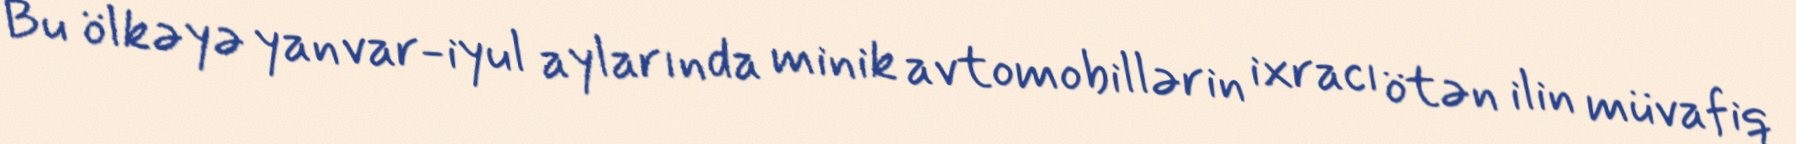
Bu ölkəyə yanvar-iyul aylarında minik avtomobillərin ixracı ötən ilin müvafiq